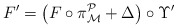
\begin{align*}F^{\prime }=\left( F\circ \pi _{\mathcal{M}}^{\mathcal{P}}+\Delta\right) \circ \Upsilon ^{\prime }\end{align*}